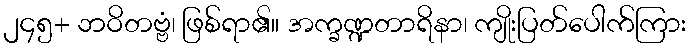
၂၄၅+ ဘဝိတဗ္ဗံ၊ ဖြစ်ရာ၏။ အက္ခဏ္ဍတာရိနာ၊ ကျိုးပြတ်ပေါက်ကြား